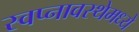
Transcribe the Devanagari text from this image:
स्वप्नावस्थेमध्ये